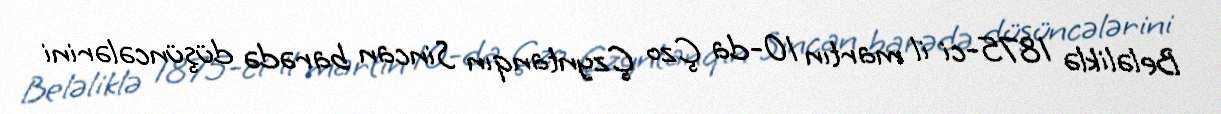
Beləliklə 1875-ci il martın 10-da Çzo Çzyntanqın Sincan barədə düşüncələrini